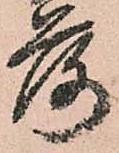
落